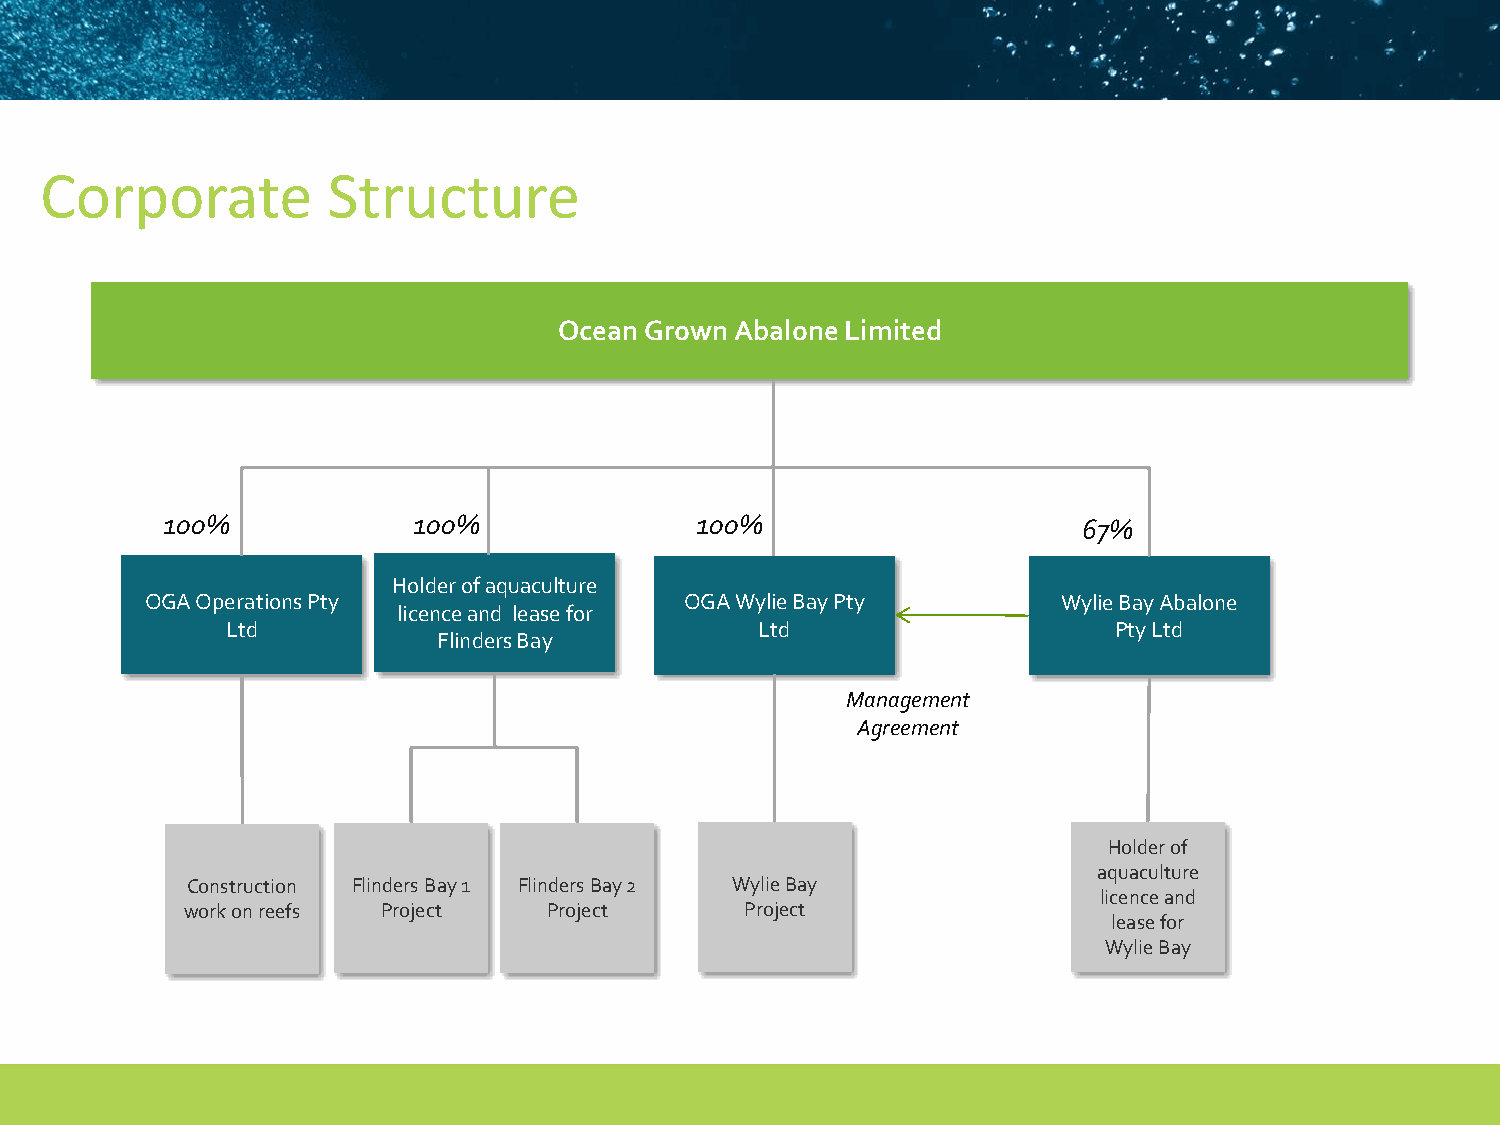
Corporate          Structure
 Ocean Grown Abalone Limited
 100%            100%               100%                      67%
 Holder of aquaculture
 OGA Operations Pty                 OGA Wylie Bay Pty        Wylie Bay Abalone
 licence and lease for
 Ltd                                Ltd                     Pty Ltd
 Flinders Bay
 Management
 Agreement
 Holder of
 aquaculture
 Construction Flinders Bay 1 Flinders Bay 2 Wylie Bay
 licence and
 work on reefs Project   Project      Project
 lease for
 Wylie Bay
 24